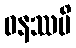
ဓနဿပိ